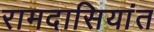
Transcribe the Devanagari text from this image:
रामदासियांत